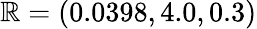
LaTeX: \mathbb{R}=(0.0398,4.0,0.3)